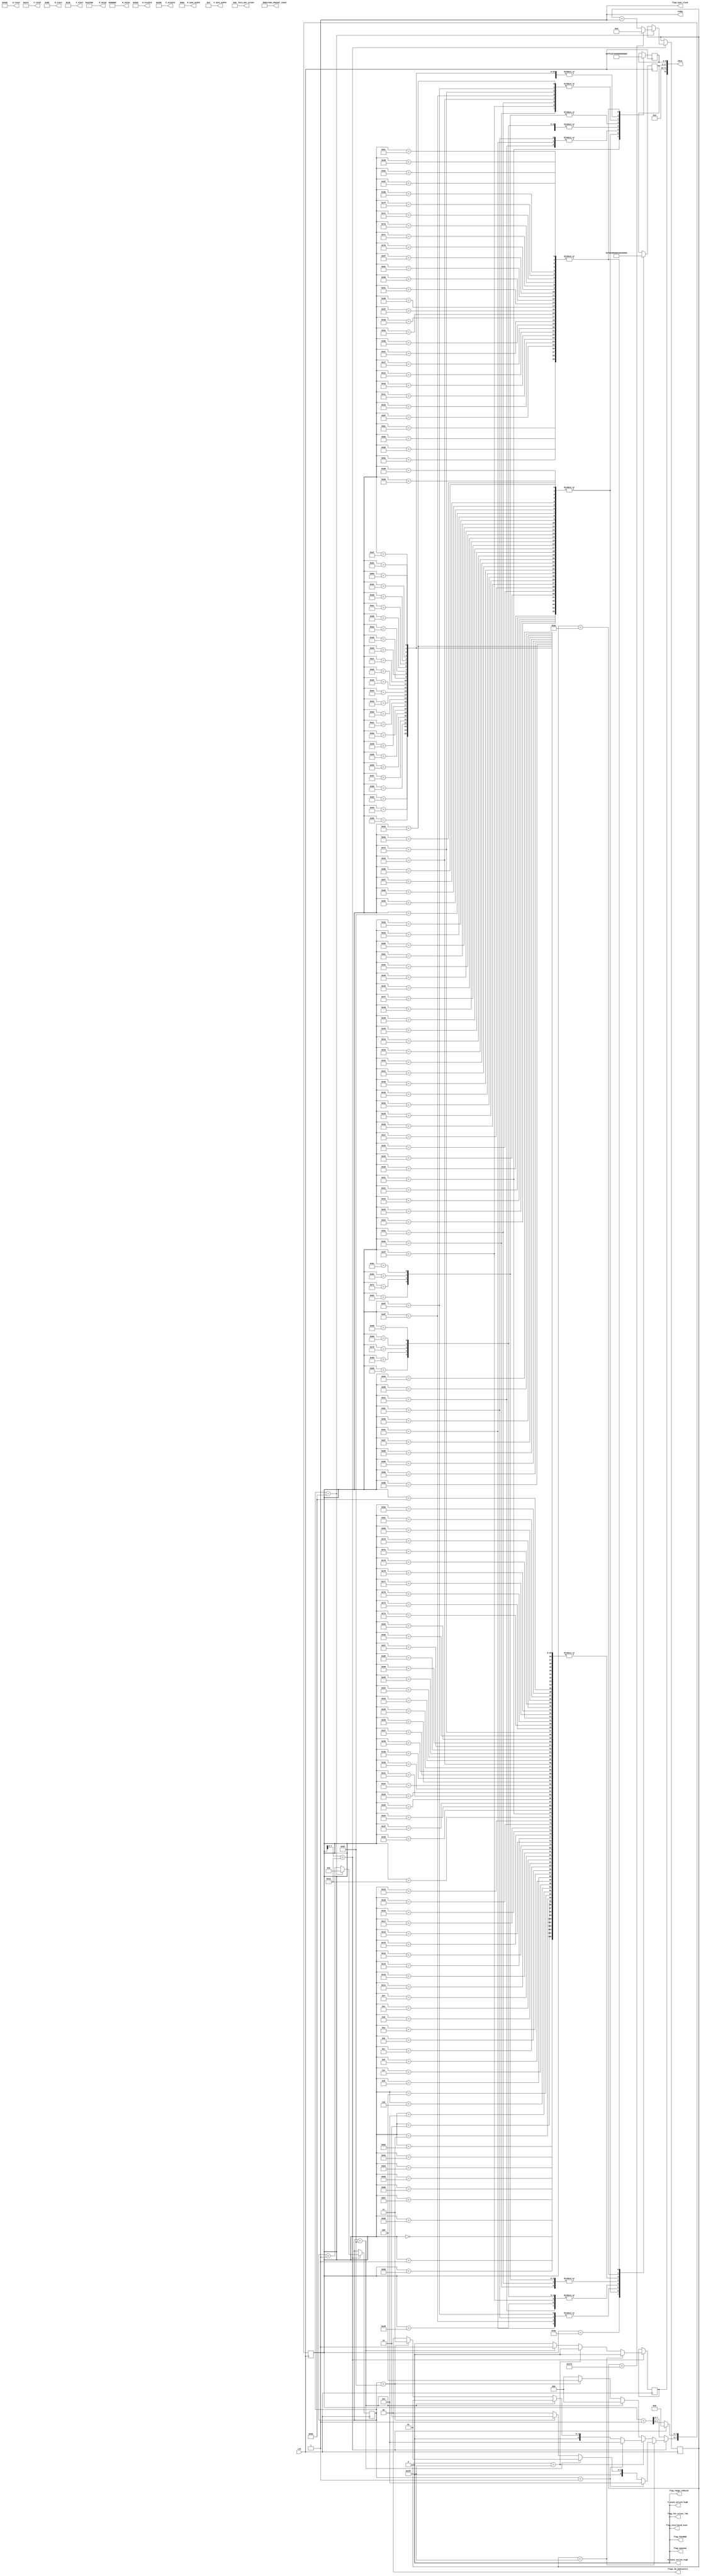
///////////////////////////////////////////////////////////////////////////////
// ./src/test_streams/test_source_800_600_RGB_444_ch1.v : 
//
//
// Part of the DisplayPort_Verlog project - an open implementation of the 
// DisplayPort protocol for FPGA boards. 
//
// See https://github.com/hamsternz/DisplayPort_Verilog for latest versions.
//
///////////////////////////////////////////////////////////////////////////////
// Version |  Notes
// ----------------------------------------------------------------------------
//   1.0   | Initial Release
//
///////////////////////////////////////////////////////////////////////////////
//
// MIT License
// 
// Copyright (c) 2019 Mike Field
// 
// Permission is hereby granted, free of charge, to any person obtaining a copy
// of this software and associated documentation files (the "Software"), to deal
// in the Software without restriction, including without limitation the rights
// to use, copy, modify, merge, publish, distribute, sublicense, and/or sell
// copies of the Software, and to permit persons to whom the Software is
// furnished to do so, subject to the following conditions:
// 
// The above copyright notice and this permission notice shall be included in all
// copies or substantial portions of the Software.
// 
// THE SOFTWARE IS PROVIDED "AS IS", WITHOUT WARRANTY OF ANY KIND, EXPRESS OR
// IMPLIED, INCLUDING BUT NOT LIMITED TO THE WARRANTIES OF MERCHANTABILITY,
// FITNESS FOR A PARTICULAR PURPOSE AND NONINFRINGEMENT. IN NO EVENT SHALL THE
// AUTHORS OR COPYRIGHT HOLDERS BE LIABLE FOR ANY CLAIM, DAMAGES OR OTHER
// LIABILITY, WHETHER IN AN ACTION OF CONTRACT, TORT OR OTHERWISE, ARISING FROM,
// OUT OF OR IN CONNECTION WITH THE SOFTWARE OR THE USE OR OTHER DEALINGS IN THE
// SOFTWARE.
//
///////////////////////////////////////////////////////////////////////////////
//
// Want to say thanks?
//
// This design has taken many hours - 3 months of work for the initial VHDL
// design, and another month or so to convert it to Verilog for this release.
//
// I'm more than happy to share it if you can make use of it. It is released
// under the MIT license, so you are not under any onus to say thanks, but....
//
// If you what to say thanks for this design either drop me an email, or how about
// trying PayPal to my email (hamster@snap.net.nz)?
//
//  Educational use - Enough for a beer
//  Hobbyist use    - Enough for a pizza
//  Research use    - Enough to take the family out to dinner
//  Commercial use  - A weeks pay for an engineer (I wish!)
//
///////////////////////////////////////////////////////////////////////////////
module test_source_800_600_RGB_444_ch1(
        output reg [23:0] M_value,
        output reg [23:0] N_value,
        output reg [11:0] H_visible,
        output reg [11:0] V_visible,
        output reg [11:0] H_total,
        output reg [11:0] V_total,
        output reg [11:0] H_sync_width,
        output reg [11:0] V_sync_width,
        output reg [11:0] H_start,
        output reg [11:0] V_start,
        output reg        H_vsync_active_high,
        output reg        V_vsync_active_high,
        output reg        flag_sync_clock,
        output reg        flag_YCCnRGB,
        output reg        flag_422n444,
        output reg        flag_YCC_colour_709,
        output reg        flag_range_reduced,
        output reg        flag_interlaced_even,
        output reg  [1:0] flags_3d_Indicators,
        output reg  [4:0] bits_per_colour,
        output reg  [2:0] stream_channel_count,

        input             clk,
        output reg        ready,
        output     [72:0] data
    );
    
    localparam [8:0] DUMMY  = 9'b000000011;  // 0x03
    localparam [8:0] SPARE  = 9'b011111111;  // 0xFF
    localparam [8:0] ZERO   = 9'b000000000;  // 0x00
    localparam [8:0] PIX_80 = 9'b011001100;  // 0x80

    localparam [8:0] SS     = 9'b101011100;  // K28.2
    localparam [8:0] SE     = 9'b111111101;  // K29.7
    localparam [8:0] BE     = 9'b111111011;  // K27.7
    localparam [8:0] BS     = 9'b110111100;  // K28.5
    localparam [8:0] SR     = 9'b100011100;  // K28.0
    localparam [8:0] FS     = 9'b111111110;  // K30.7
    localparam [8:0] FE     = 9'b111110111;  // K23.7

    localparam [8:0] VB_VS  = 9'b000000001;  // 0x00  VB-ID with Vertical blank asserted 
    localparam [8:0] VB_NVS = 9'b000000000;  // 0x00  VB-ID without Vertical blank asserted
    localparam [8:0] MVID   = 9'b001101000;  // 0x68
    localparam [8:0] MAUD   = 9'b000000000;  // 0x00    
    
    reg [7:0] index = 0;
    reg [8:0] d0 = 0;
    reg [8:0] d1 = 0;
    reg [9:0] line_count = 0;
    reg [7:0] row_count = 0;
    reg       switch_point  = 0;

initial begin
    M_value              = 24'h012F68;
    N_value              = 24'h080000;
    H_visible            = 12'h320;  // 800
    V_visible            = 12'h258;  // 600
    H_total              = 12'h420;  // 1056
    V_total              = 12'h274;  // 628
    H_sync_width         = 12'h080;  // 128
    V_sync_width         = 12'h004;  // 4
    H_start              = 12'h0D8;  // 216 
    V_start              = 12'h01b;  // 27
    H_vsync_active_high  = 1'b0;
    V_vsync_active_high  = 1'b0;
    flag_sync_clock      = 1'b1;
    flag_YCCnRGB         = 1'b0;
    flag_422n444         = 1'b0;
    flag_range_reduced   = 1'b0;
    flag_interlaced_even = 1'b0;
    flag_YCC_colour_709  = 1'b0;
    flags_3d_Indicators  = 2'b00;
    bits_per_colour      = 5'b01000;

    stream_channel_count = 3'b001; 
    ready                = 1'b1;
end

    assign data[72]             = switch_point;
    assign data[71:18]          = 54'b0;
    assign data[17:9]           = d1;
    assign data[8:0]            = d0; 

always @(posedge clk) begin
    case(index)  
        8'h00: begin d0 <= DUMMY;  d1 <= DUMMY; end
        8'h01: begin d0 <= DUMMY;  d1 <= DUMMY; end
        8'h02: begin d0 <= DUMMY;  d1 <= DUMMY; end
        8'h03: begin d0 <= DUMMY;  d1 <= DUMMY; end
        8'h04: begin d0 <= DUMMY;  d1 <= DUMMY; end
        8'h05: begin d0 <= DUMMY;  d1 <= DUMMY; end
        8'h06: begin d0 <= DUMMY;  d1 <= DUMMY; end
        8'h07: begin d0 <= DUMMY;  d1 <= DUMMY; end
        8'h08: begin d0 <= DUMMY;  d1 <= DUMMY; end
        8'h09: begin d0 <= DUMMY;  d1 <= DUMMY; end
        8'h0A: begin d0 <= DUMMY;  d1 <= DUMMY; end
        8'h0B: begin d0 <= DUMMY;  d1 <= DUMMY; end
        8'h0C: begin d0 <= DUMMY;  d1 <= DUMMY; end
        8'h0D: begin d0 <= DUMMY;  d1 <= DUMMY; end
        8'h0E: begin d0 <= DUMMY;  d1 <= DUMMY; end
        8'h0F: begin d0 <= DUMMY;  d1 <= DUMMY; end
        8'h10: begin d0 <= DUMMY;  d1 <= DUMMY; end
        8'h11: begin d0 <= DUMMY;  d1 <= DUMMY; end
        8'h12: begin d0 <= DUMMY;  d1 <= DUMMY; end
        8'h13: begin d0 <= DUMMY;  d1 <= DUMMY; end
        8'h14: begin d0 <= DUMMY;  d1 <= DUMMY; end
        8'h15: begin d0 <= DUMMY;  d1 <= DUMMY; end
        8'h16: begin d0 <= DUMMY;  d1 <= DUMMY; end
        8'h17: begin d0 <= DUMMY;  d1 <= DUMMY; end
        8'h18: begin d0 <= DUMMY;  d1 <= DUMMY; end
        8'h19: begin d0 <= DUMMY;  d1 <= DUMMY; end
        8'h1A: begin d0 <= DUMMY;  d1 <= DUMMY; end
        8'h1B: begin d0 <= SPARE;  d1 <= SPARE; end
        8'h1C: begin d0 <= SPARE;  d1 <= SPARE; end
        8'h1D: begin d0 <= SPARE;  d1 <= SPARE; end
        8'h1E: begin d0 <= SPARE;  d1 <= SPARE; end
        8'h1F: begin d0 <= SPARE;  d1 <= SPARE; end
    
        // Block 1 - 8 white pixels and padding
        8'h20: begin d0 <= PIX_80; d1 <= PIX_80; end
        8'h21: begin d0 <= PIX_80; d1 <= PIX_80; end
        8'h22: begin d0 <= PIX_80; d1 <= PIX_80; end
        8'h23: begin d0 <= PIX_80; d1 <= PIX_80; end
        8'h24: begin d0 <= PIX_80; d1 <= PIX_80; end
        8'h25: begin d0 <= PIX_80; d1 <= PIX_80; end
        8'h26: begin d0 <= PIX_80; d1 <= PIX_80; end
        8'h27: begin d0 <= PIX_80; d1 <= PIX_80; end
        8'h28: begin d0 <= PIX_80; d1 <= PIX_80; end
        8'h29: begin d0 <= PIX_80; d1 <= PIX_80; end
        8'h2A: begin d0 <= PIX_80; d1 <= PIX_80; end
        8'h2B: begin d0 <= PIX_80; d1 <= PIX_80; end
        8'h2C: begin d0 <= FS;     d1 <= DUMMY;  end
        8'h2D: begin d0 <= DUMMY;  d1 <=  DUMMY; end
        8'h2E: begin d0 <= DUMMY;  d1 <=  DUMMY; end
        8'h2F: begin d0 <= DUMMY;  d1 <=  DUMMY; end
        8'h30: begin d0 <= DUMMY;  d1 <=  DUMMY; end
        8'h31: begin d0 <= DUMMY;  d1 <=  DUMMY; end
        8'h32: begin d0 <= DUMMY;  d1 <=  DUMMY; end
        8'h33: begin d0 <= DUMMY;  d1 <=  DUMMY; end
        8'h34: begin d0 <= DUMMY;  d1 <=  DUMMY; end
        8'h35: begin d0 <= DUMMY;  d1 <=  DUMMY; end
        8'h36: begin d0 <= DUMMY;  d1 <=  DUMMY; end
        8'h37: begin d0 <= DUMMY;  d1 <=  DUMMY; end
        8'h38: begin d0 <= DUMMY;  d1 <=  DUMMY; end
        8'h39: begin d0 <= DUMMY;  d1 <=  DUMMY; end
        8'h3A: begin d0 <= DUMMY;  d1 <=  FE;    end
        8'h3B: begin d0 <= SPARE;  d1 <=  SPARE; end
        8'h3C: begin d0 <= SPARE;  d1 <=  SPARE; end
        8'h3D: begin d0 <= SPARE;  d1 <=  SPARE; end
        8'h3E: begin d0 <= SPARE;  d1 <=  SPARE; end
        8'h3F: begin d0 <= SPARE;  d1 <=  SPARE; end
    
        // Block 2 - 8 white pixels and padding; d1 <= VB-ID (-vsync); d1 <= Mvid; d1 <= MAud and junk
        8'h40: begin d0 <= PIX_80; d1 <= PIX_80; end
        8'h41: begin d0 <= PIX_80; d1 <= PIX_80; end
        8'h42: begin d0 <= PIX_80; d1 <= PIX_80; end
        8'h43: begin d0 <= PIX_80; d1 <= PIX_80; end
        8'h44: begin d0 <= PIX_80; d1 <= PIX_80; end
        8'h45: begin d0 <= PIX_80; d1 <= PIX_80; end
        8'h46: begin d0 <= PIX_80; d1 <= PIX_80; end
        8'h47: begin d0 <= PIX_80; d1 <= PIX_80; end
        8'h48: begin d0 <= PIX_80; d1 <= PIX_80; end
        8'h49: begin d0 <= PIX_80; d1 <= PIX_80; end
        8'h4A: begin d0 <= PIX_80; d1 <= PIX_80; end
        8'h4B: begin d0 <= PIX_80; d1 <= PIX_80; end
        8'h4C: begin d0 <= BS;     d1 <= VB_NVS; end
        8'h4D: begin d0 <= MVID;   d1 <= MAUD;   end
        8'h4E: begin d0 <= VB_NVS; d1 <= MVID;   end
        8'h4F: begin d0 <= MAUD;   d1 <= VB_NVS; end
        8'h50: begin d0 <= MVID;   d1 <= MAUD;   end
        8'h51: begin d0 <= VB_NVS; d1 <= MVID;   end
        8'h52: begin d0 <= MAUD;   d1 <= DUMMY;  end
        8'h53: begin d0 <= DUMMY;  d1 <= DUMMY;  end
        8'h54: begin d0 <= DUMMY;  d1 <= DUMMY;  end
        8'h55: begin d0 <= DUMMY;  d1 <= DUMMY;  end
        8'h56: begin d0 <= DUMMY;  d1 <= DUMMY;  end
        8'h57: begin d0 <= DUMMY;  d1 <= DUMMY;  end
        8'h58: begin d0 <= DUMMY;  d1 <= DUMMY;  end
        8'h59: begin d0 <= DUMMY;  d1 <= DUMMY;  end
        8'h5A: begin d0 <= DUMMY;  d1 <= DUMMY;  end
        8'h5B: begin d0 <= SPARE;  d1 <= SPARE;  end
        8'h5C: begin d0 <= SPARE;  d1 <= SPARE;  end
        8'h5D: begin d0 <= SPARE;  d1 <= SPARE;  end
        8'h5E: begin d0 <= SPARE;  d1 <= SPARE;  end
        8'h5F: begin d0 <= SPARE;  d1 <= SPARE;  end
    
        // Block 3 - 8 white pixels and padding; d1 <= VB-ID (+vsync); d1 <= Mvid; d1 <= MAud and junk
        8'h60: begin d0 <= PIX_80; d1 <= PIX_80; end
        8'h61: begin d0 <= PIX_80; d1 <= PIX_80; end
        8'h62: begin d0 <= PIX_80; d1 <= PIX_80; end
        8'h63: begin d0 <= PIX_80; d1 <= PIX_80; end
        8'h64: begin d0 <= PIX_80; d1 <= PIX_80; end
        8'h65: begin d0 <= PIX_80; d1 <= PIX_80; end
        8'h66: begin d0 <= PIX_80; d1 <= PIX_80; end
        8'h67: begin d0 <= PIX_80; d1 <= PIX_80; end
        8'h68: begin d0 <= PIX_80; d1 <= PIX_80; end
        8'h69: begin d0 <= PIX_80; d1 <= PIX_80; end
        8'h6A: begin d0 <= PIX_80; d1 <= PIX_80; end
        8'h6B: begin d0 <= PIX_80; d1 <= PIX_80; end
        8'h6C: begin d0 <= BS;     d1 <= VB_VS;  end
        8'h6D: begin d0 <= MVID;   d1 <= MAUD;   end
        8'h6E: begin d0 <= VB_VS;  d1 <= MVID;   end
        8'h6F: begin d0 <= MAUD;   d1 <= VB_VS;  end
        8'h70: begin d0 <= MVID;   d1 <= MAUD;   end
        8'h71: begin d0 <= VB_VS;  d1 <= MVID;   end
        8'h72: begin d0 <= MAUD;   d1 <= DUMMY;  end
        8'h73: begin d0 <= DUMMY;  d1 <=  DUMMY; end
        8'h74: begin d0 <= DUMMY;  d1 <=  DUMMY; end
        8'h75: begin d0 <= DUMMY;  d1 <=  DUMMY; end
        8'h76: begin d0 <= DUMMY;  d1 <=  DUMMY; end
        8'h77: begin d0 <= DUMMY;  d1 <=  DUMMY; end
        8'h78: begin d0 <= DUMMY;  d1 <=  DUMMY; end
        8'h79: begin d0 <= DUMMY;  d1 <=  DUMMY; end
        8'h7A: begin d0 <= DUMMY;  d1 <=  DUMMY; end
        8'h7B: begin d0 <= SPARE;  d1 <=  SPARE; end
        8'h7C: begin d0 <= SPARE;  d1 <=  SPARE; end
        8'h7D: begin d0 <= SPARE;  d1 <=  SPARE; end
        8'h7E: begin d0 <= SPARE;  d1 <=  SPARE; end
        8'h7F: begin d0 <= SPARE;  d1 <=  SPARE; end
    
        // Block 4 - DUMMY;Blank Start; d1 <= VB-ID (+vsync); d1 <= Mvid; d1 <= MAud and junk
        8'h80: begin d0 <= DUMMY; d1 <= DUMMY; end
        8'h81: begin d0 <= DUMMY; d1 <= DUMMY; end
        8'h82: begin d0 <= DUMMY; d1 <= DUMMY; end
        8'h83: begin d0 <= DUMMY; d1 <= DUMMY; end
        8'h84: begin d0 <= DUMMY; d1 <= DUMMY; end
        8'h85: begin d0 <= DUMMY; d1 <= DUMMY; end
        8'h86: begin d0 <= DUMMY; d1 <= DUMMY; end
        8'h87: begin d0 <= DUMMY; d1 <= DUMMY; end
        8'h88: begin d0 <= DUMMY; d1 <= DUMMY; end
        8'h89: begin d0 <= DUMMY; d1 <= DUMMY; end
        8'h8A: begin d0 <= DUMMY; d1 <= DUMMY; end
        8'h8B: begin d0 <= DUMMY; d1 <= DUMMY; end
        8'h8C: begin d0 <= BS;    d1 <= VB_VS; end
        8'h8D: begin d0 <= MVID;  d1 <= MAUD;  end
        8'h8E: begin d0 <= VB_VS; d1 <= MVID;  end
        8'h8F: begin d0 <= MAUD;  d1 <= VB_VS; end
        8'h90: begin d0 <= MVID;  d1 <= MAUD;  end
        8'h91: begin d0 <= VB_VS; d1 <= MVID;  end
        8'h92: begin d0 <= MAUD;  d1 <= DUMMY; end
        8'h93: begin d0 <= DUMMY; d1 <= DUMMY; end
        8'h94: begin d0 <= DUMMY; d1 <= DUMMY; end
        8'h95: begin d0 <= DUMMY; d1 <= DUMMY; end
        8'h96: begin d0 <= DUMMY; d1 <= DUMMY; end
        8'h97: begin d0 <= DUMMY; d1 <= DUMMY; end
        8'h98: begin d0 <= DUMMY; d1 <= DUMMY; end
        8'h99: begin d0 <= DUMMY; d1 <= DUMMY; end
        8'h9A: begin d0 <= DUMMY; d1 <= DUMMY; end
        8'h9B: begin d0 <= SPARE; d1 <= SPARE; end
        8'h9C: begin d0 <= SPARE; d1 <= SPARE; end
        8'h9D: begin d0 <= SPARE; d1 <= SPARE; end
        8'h9E: begin d0 <= SPARE; d1 <= SPARE; end
        8'h9F: begin d0 <= SPARE; d1 <= SPARE; end
    
        // Block 5 - just blank end
        8'hA0: begin d0 <= DUMMY; d1 <= DUMMY; end
        8'hA1: begin d0 <= DUMMY; d1 <= DUMMY; end
        8'hA2: begin d0 <= DUMMY; d1 <= DUMMY; end
        8'hA3: begin d0 <= DUMMY; d1 <= DUMMY; end
        8'hA4: begin d0 <= DUMMY; d1 <= DUMMY; end
        8'hA5: begin d0 <= DUMMY; d1 <= DUMMY; end
        8'hA6: begin d0 <= DUMMY; d1 <= DUMMY; end
        8'hA7: begin d0 <= DUMMY; d1 <= DUMMY; end
        8'hA8: begin d0 <= DUMMY; d1 <= DUMMY; end
        8'hA9: begin d0 <= DUMMY; d1 <= DUMMY; end
        8'hAA: begin d0 <= DUMMY; d1 <= DUMMY; end
        8'hAB: begin d0 <= DUMMY; d1 <= DUMMY; end
        8'hAC: begin d0 <= DUMMY; d1 <= DUMMY; end
        8'hAD: begin d0 <= DUMMY; d1 <= DUMMY; end
        8'hAE: begin d0 <= DUMMY; d1 <= DUMMY; end
        8'hAF: begin d0 <= DUMMY; d1 <= DUMMY; end
        8'hB0: begin d0 <= DUMMY; d1 <= DUMMY; end
        8'hB1: begin d0 <= DUMMY; d1 <= DUMMY; end
        8'hB2: begin d0 <= DUMMY; d1 <= DUMMY; end
        8'hB3: begin d0 <= DUMMY; d1 <= DUMMY; end
        8'hB4: begin d0 <= DUMMY; d1 <= DUMMY; end
        8'hB5: begin d0 <= DUMMY; d1 <= DUMMY; end
        8'hB6: begin d0 <= DUMMY; d1 <= DUMMY; end
        8'hB7: begin d0 <= DUMMY; d1 <= DUMMY; end
        8'hB8: begin d0 <= DUMMY; d1 <= DUMMY; end
        8'hB9: begin d0 <= DUMMY; d1 <= DUMMY; end
        8'hBA: begin d0 <= DUMMY; d1 <= BE;    end
        8'hBB: begin d0 <= SPARE; d1 <= SPARE; end
        8'hBC: begin d0 <= SPARE; d1 <= SPARE; end
        8'hBD: begin d0 <= SPARE; d1 <= SPARE; end
        8'hBE: begin d0 <= SPARE; d1 <= SPARE; end
        8'hBF: begin d0 <= SPARE; d1 <= SPARE; end
    endcase

         if(index[4:0] == 5'd26) begin  // 26  
             index[4:0] <= 5'd0;
             if(row_count == 131) begin
                 row_count <= 8'b0;
                 if(line_count == 627)
                 begin
                     line_count <= 10'b0;
                 end else begin
                     line_count <= line_count + 1;
                 end
             end else begin
                 row_count <= row_count +1;
             end

    // Block 0 - Junk
    // Block 1- 8 white pixels and padding
    // Block 2 - 8 white pixels and padding, VB-ID (-vsync), Mvid, MAud and junk
    // Block 3 - 8 white pixels and padding, VB-ID (+vsync), Mvid, MAud and junk
    // Block 4 - DUMMY,Blank Start, VB-ID (+vsync), Mvid, MAud and junk
    // Block 5 - just blank end
                
             index[7:5] <= 3'b000;  // Dummy symbols
             switch_point <= 1'b0;
             if(line_count < 599) begin //-- lines of active video (except first and last)
                 if   (row_count <  1) index[7:5] <= 3'b101;  // Just blank end BE
                 else if(row_count < 100) index[7:5] <= 3'b001;  // Pixels plus fill                                                 
                 else if(row_count == 100) index[7:5] <= 3'b010;  // Pixels BS and VS-ID block (no VBLANK flag)       
           
             end else if(line_count == 599) begin // Last line of active video
                 if(row_count <  1) begin
                     index[7:5] <= 3'b101;  // Just blank end BE
                 end else if(row_count < 100) begin
                     index[7:5] <= 3'b001;  // Pixels plus fill 
                 end else if(row_count == 100) begin
                     index[7:5] <= 3'b011;  // Pixels BS and VS-ID block (with VBLANK flag)       
                 end
             end else begin
                 //---------------------------------------------------------------
                 // Allow switching to/from the idle pattern during the vertical blank
                 //---------------------------------------------------------------                        
                 if(row_count < 100) begin
                     switch_point <= 1'b1;
                 end else if(row_count == 100) begin
                    index[7:5] <= 3'b100;  // Dummy symbols, BS and VS-ID block (with VBLANK flag)                        
                 end
             end            
         end else begin
             index <= index + 1;
         end
     end
endmodule